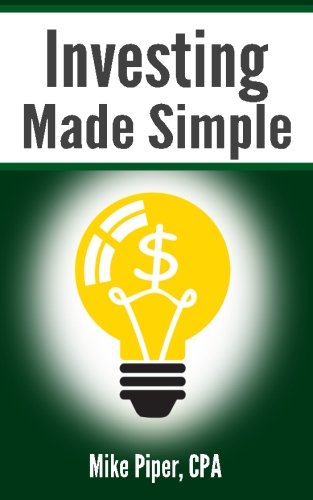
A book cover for Investing Made Simple: Index Fund Investing and ETF Investing Explained in 100 Pages or Less; Mike Piper; Business & Money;